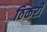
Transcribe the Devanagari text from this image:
ठिकरी